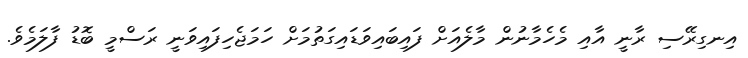
އިނގިރޭސި ރާނީ އާއި މެހެމާނުން މާލެއަށް ފައިބައިވަޑައިގަތުމަށް ހަމަޖެހިފައިވަނީ ރަސްމީ ބޮޑު ފާލަމެވެ.